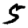
Digit: 5